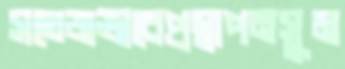
সতেজভাবেপ্রস্বাপনসুম